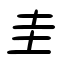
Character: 圭